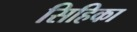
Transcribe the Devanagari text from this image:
सिहिका